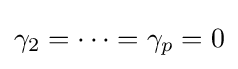
\gamma _{2}=\cdots =\gamma _{p}=0